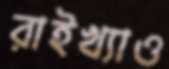
রাইখ্যাও